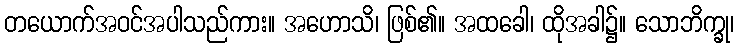
တယောက်အဝင်အပါသည်ကား။ အဟောသိ၊ ဖြစ်၏။ အထခေါ၊ ထိုအခါ၌။ သောဘိက္ခု၊